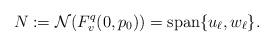
LaTeX: \begin{align*}N := \mathcal N(F^q_v(0,p_0)) = \operatorname{span}\{u_\ell, w_\ell\}.\end{align*}